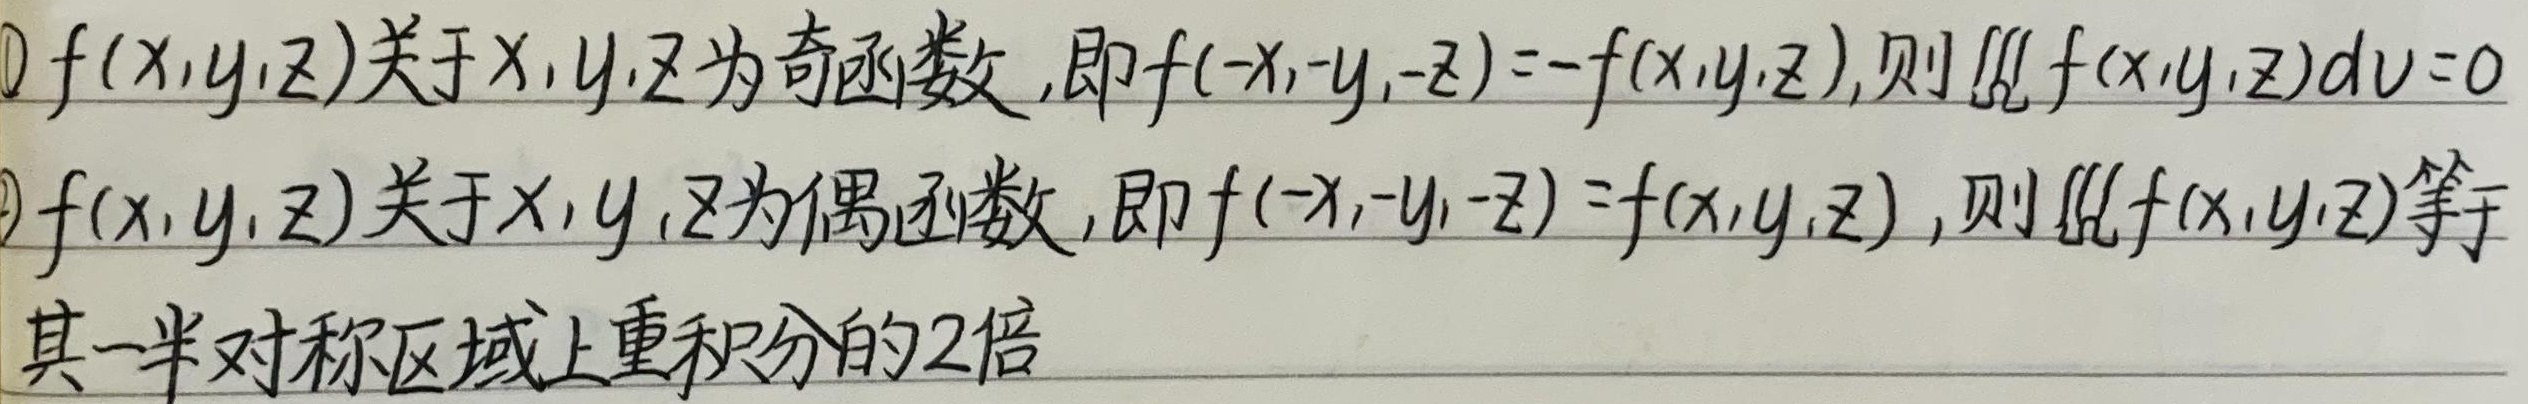
\textcircled{1} \(f(x,y,z)\)关于\(x,y,z\)为奇函数，即\(f(-x,-y,-z)=-f(x,y,z)\)，则\(\iiint f(x,y,z)dv = 0\)。
\textcircled{2} \(f(x,y,z)\)关于\(x,y,z\)为偶函数，即\(f(-x,-y,-z)=f(x,y,z)\)，则\(\iiint f(x,y,z)dv\)等于其一半对称区域上重积分的\(2\)倍。